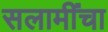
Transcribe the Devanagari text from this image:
सलामींचा